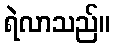
ရဲလာသည်။